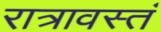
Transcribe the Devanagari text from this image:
रात्रावस्तं